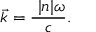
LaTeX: { \vec { k } } = { \frac { \ | n | \omega } { c } } .